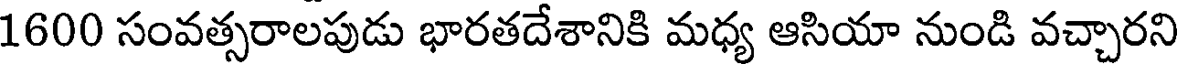
1600 సంవత్సరాలపుడు భారతదేశానికి మధ్య ఆసియా నుండి వచ్చారని